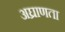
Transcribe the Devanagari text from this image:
अघ्राणता